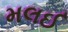
મલઈ